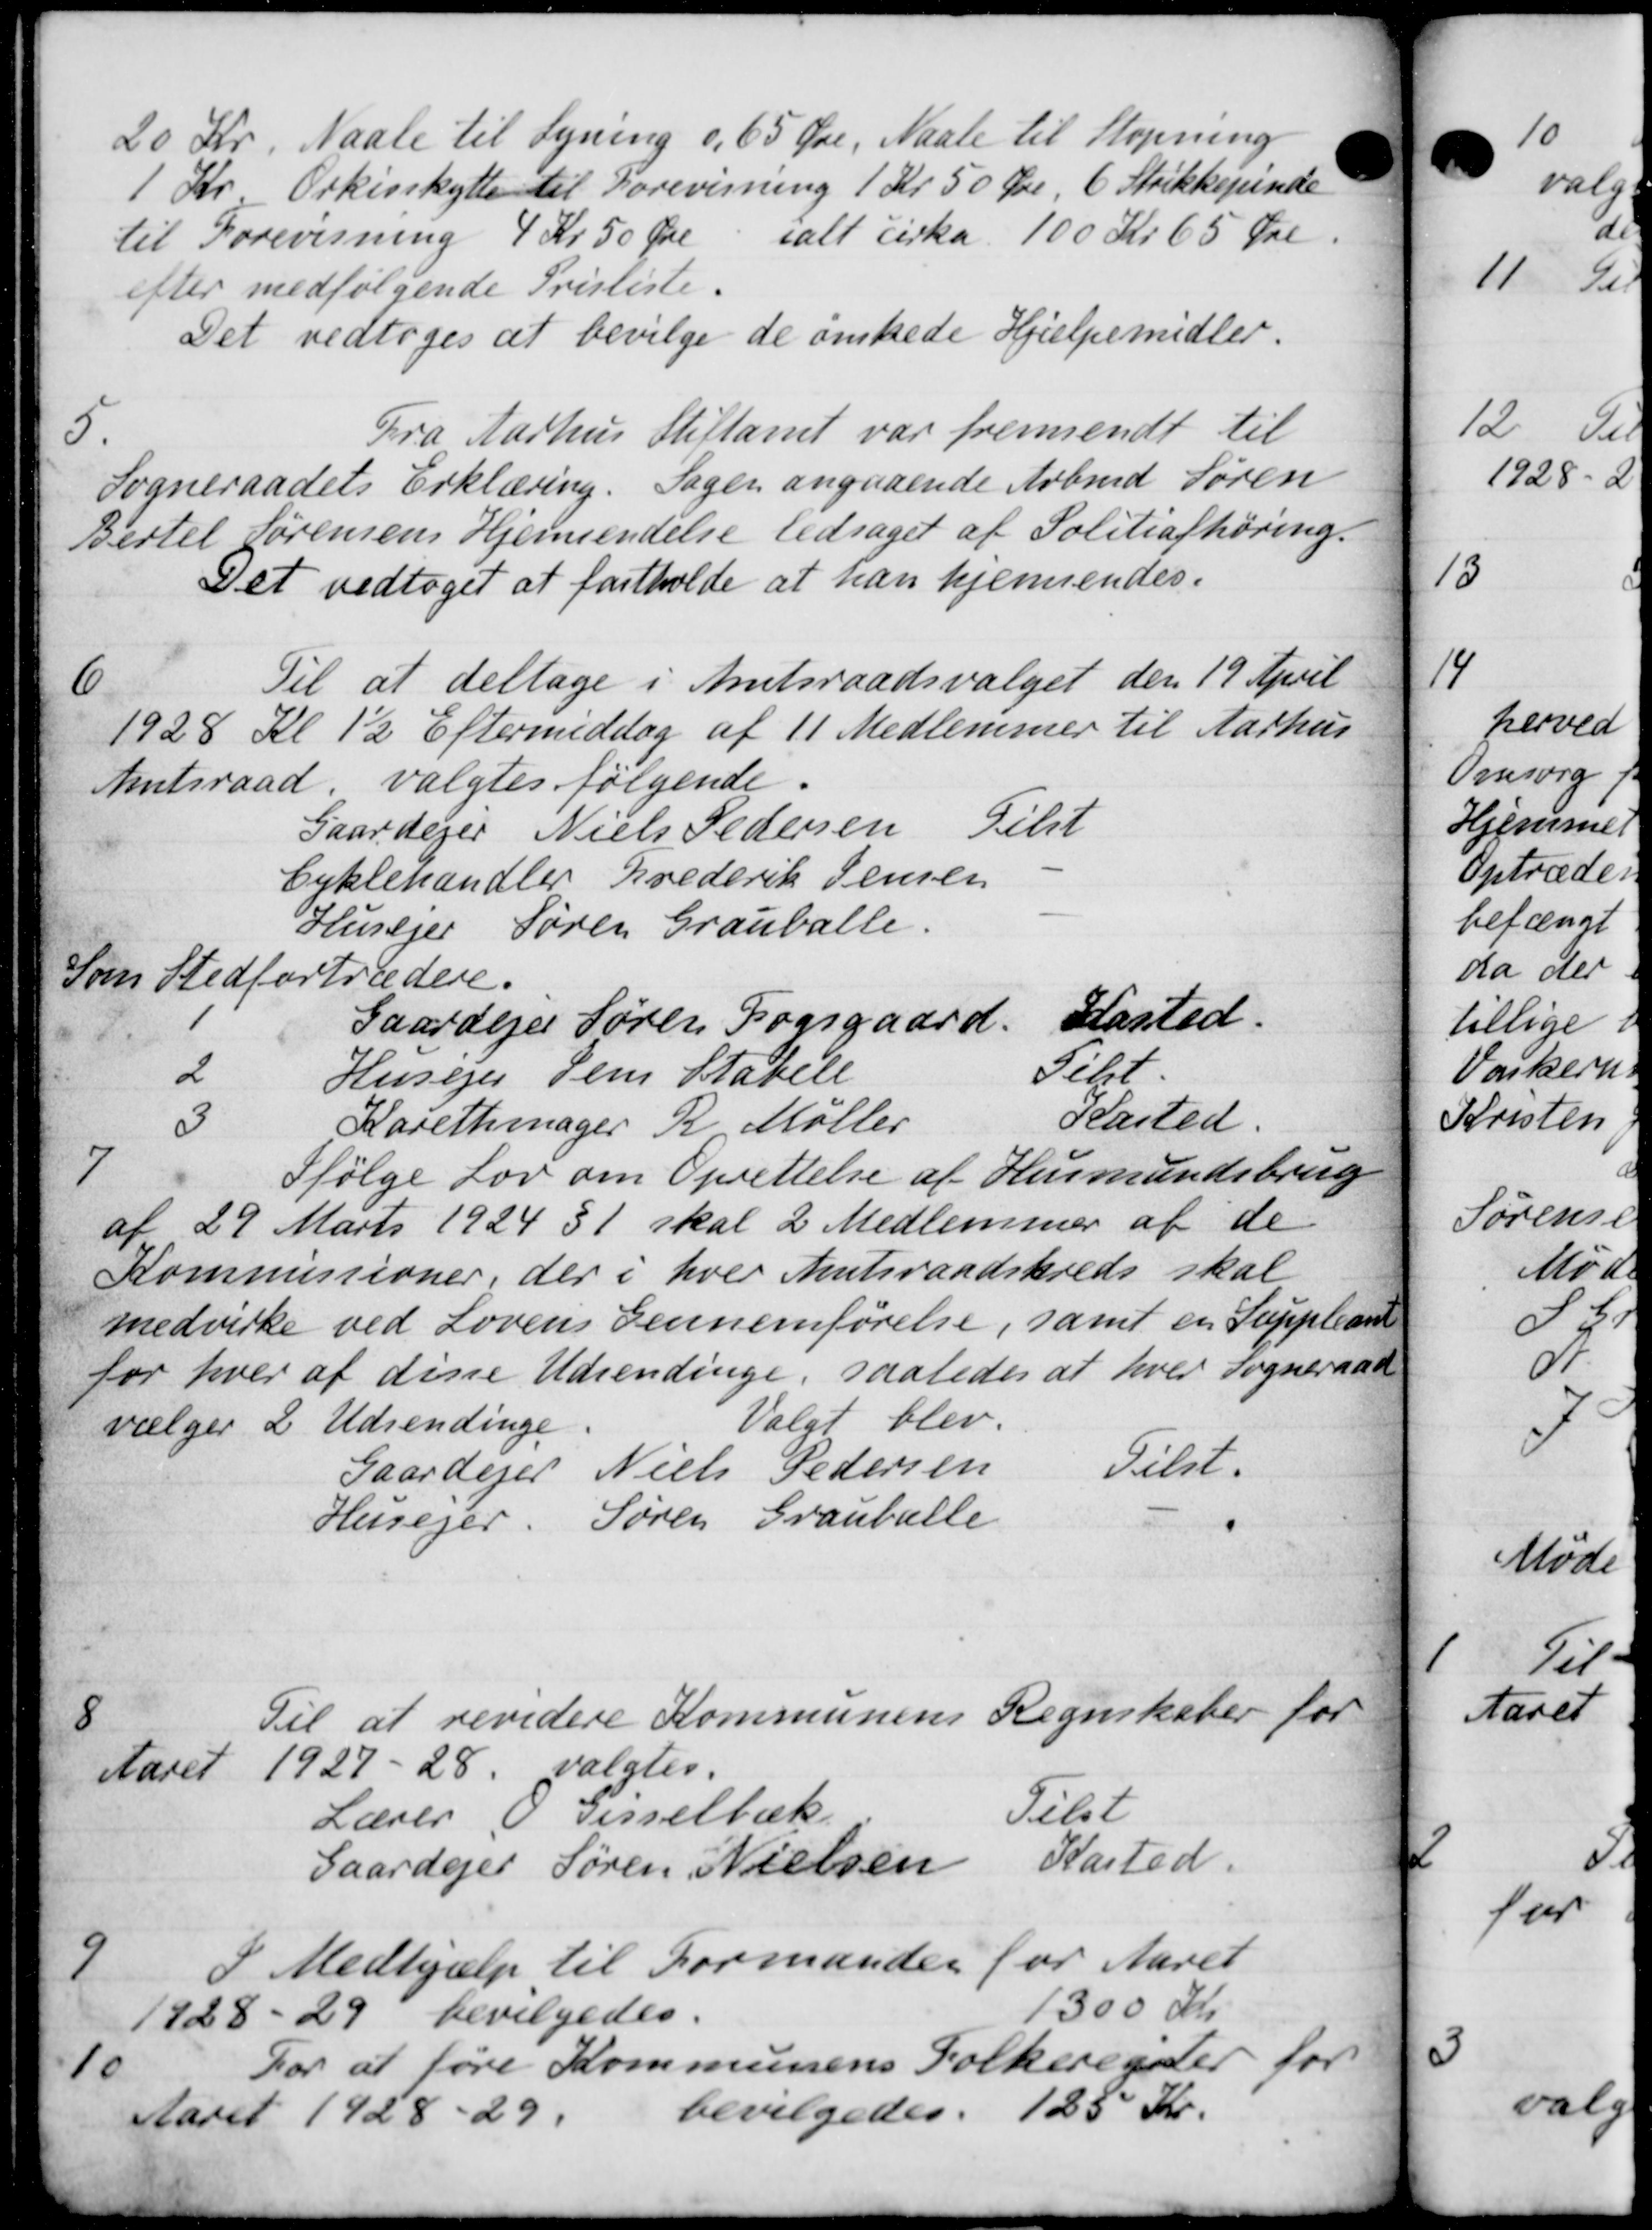
Transskription:
20 Kr. Naale til Lyning og 65 Øre, Naal til Stopning
1 Kr. Orkisskytte til Forevisning 1 Kr 50 Øre, 6 Strikkepinde
til Forevisning 4 Kr 50 Øre ialt cirka 100 Kr 65 Øre.
efter medfølgende Prisliste.
Det vedtoges at bevilge de ønskede Hjælpemidler.
5.
Fra Aarhus Stiftamt var fremsendt til
Sogneraadets Erklæring. Sagen angaaende Arbmd Søren
Bertel Sørensens Hjemsendelse ledsaget af Politiafhøring.
Det vedtoges at fastholde at han hjemsendes.
6
Til at deltage i Amtsraadsvalget den 19 April
1928 Kl 1½ Eftermiddag af 11 Medlemmer til Aarhus
Amtsraad, valgtes følgende
Gaardejer Niels Pedersen Tilst
Cyklehandler Frederik Jensen
Husejer Søren Grauballe.
Somm Stedfortrædere.
1 Gaardejer Søren Fogsgaard. Kasted.
2 Husejer Jens Statele Tilst.
3 Karethmager R. Møller Kasted
7
Ifølge Lov om Oprettelse af Husmandsbrug
af 29 Marts 1924 § 1 skal 2 Medlemmer af de
Kommissioner, der i hver Amtsraadskreds skal
medvirke ved Lovens Gennemførelse, samt en Suppleant
for hver af disse Udsendinge, saaledes at hver Sogneraad
vælger 2 Udsendinge
Valgt blev
Gaardejer Niels Pedersen Tulst.
Husejer. Søren Grauballe
Regnskaber for
8
Til at revidere Kommunens
Aaret 1927-28 valgtes.
Lærer O Gisselbæk Tilst
Gaardejer Søren Nielsen Kasted.
9
I Medhjælp til Formanden for Aaret
1928-29 bevilgedes.
1300 Kr.
10
For at føre Kommunens Folkeregner for
Aaret 1928-29.
bevilgedes. 125 Kr.